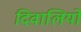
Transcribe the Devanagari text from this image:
दिवालियों